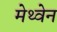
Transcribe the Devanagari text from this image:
मेथ्वेन